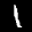
Label: 1